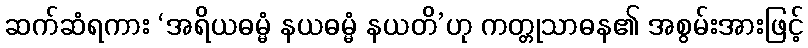
ဆက်ဆံရကား ‘အရိယဓမ္မံ နယဓမ္မံ နယတိ’ဟု ကတ္တုသာဓန၏ အစွမ်းအားဖြင့်